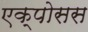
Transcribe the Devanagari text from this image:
एक्पोसस